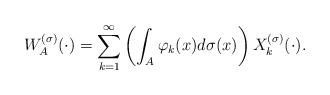
LaTeX: \begin{align*}W_A^{(\sigma)}(\cdot)=\sum_{k=1}^\infty\left(\int_A\varphi_k(x)d\sigma(x)\right)X_k^{(\sigma)}(\cdot).\end{align*}